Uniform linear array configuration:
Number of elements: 24
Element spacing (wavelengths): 0.5
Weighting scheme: cosine
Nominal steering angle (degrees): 0
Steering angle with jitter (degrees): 1.013
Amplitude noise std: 0.05
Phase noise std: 0.05

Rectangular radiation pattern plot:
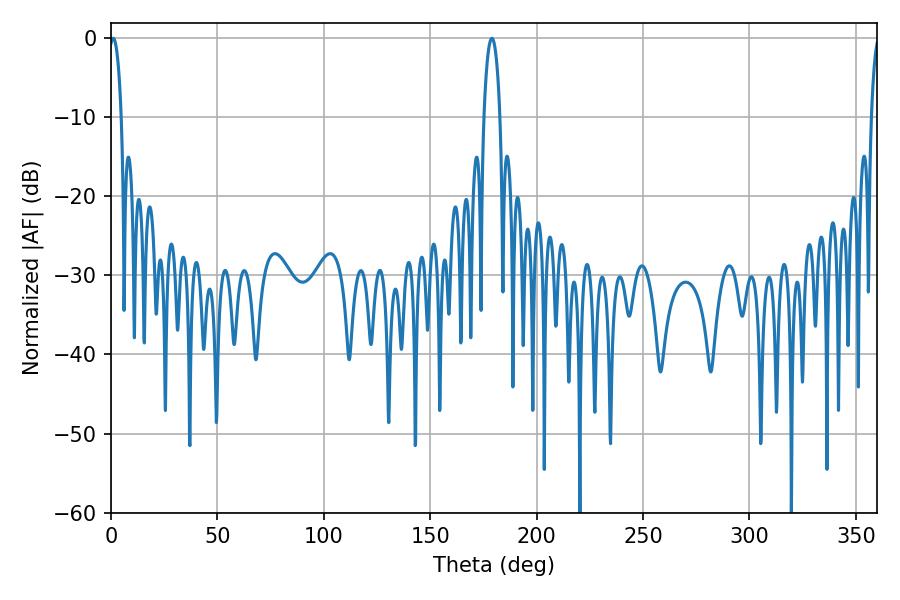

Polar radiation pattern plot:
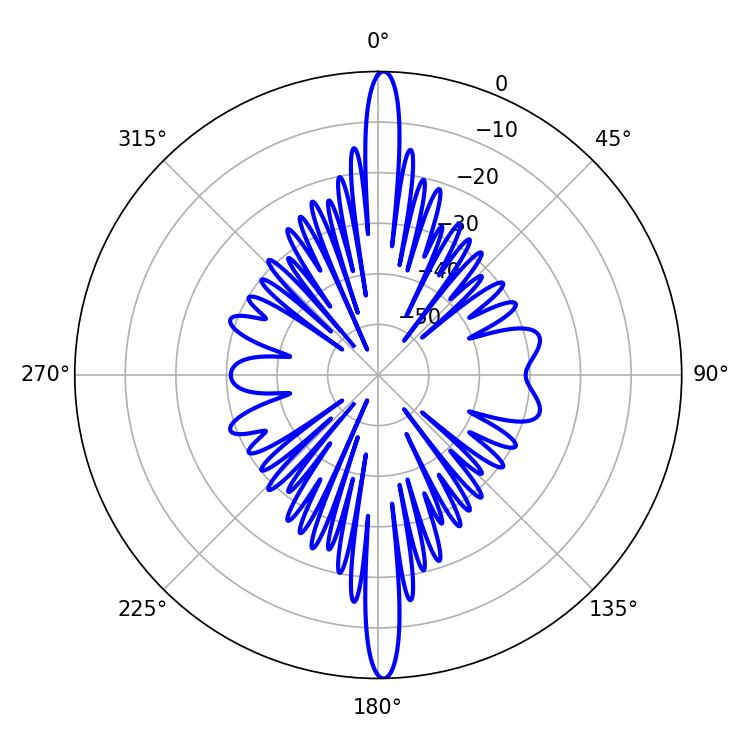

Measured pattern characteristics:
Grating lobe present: FALSE
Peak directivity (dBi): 27.697
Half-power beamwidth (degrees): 3.24
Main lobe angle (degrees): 1.08